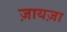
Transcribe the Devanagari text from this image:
ज़ायज़ा